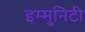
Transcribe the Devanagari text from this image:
इम्मुनिटी